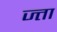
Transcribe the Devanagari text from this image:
ज्ता